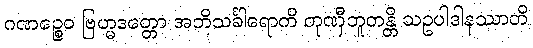
ဂဏဉ္စေဝ ဗြဟ္မဒတ္တော အဘိသင်္ခါရောတိ တုဏှီဘူတန္တိ သဥပါဒါနဿာတိ